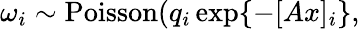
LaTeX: \omega_{i}\sim{\mathrm{Poisson}}(q_{i}\exp\{ -[Ax]_{i}\} ,